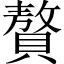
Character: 贅